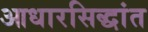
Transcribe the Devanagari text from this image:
आधारसिद्धांत